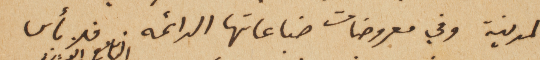
المدنية وفي معروضات صناعاتها الدائمه. فلا بأس